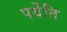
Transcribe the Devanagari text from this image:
पर्येति